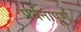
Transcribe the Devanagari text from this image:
प्रर्थनापूर्ण